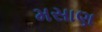
મસાણ